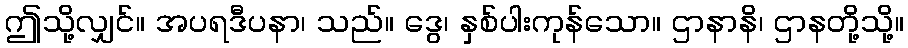
ဤသို့လျှင်။ အပရဒီပနာ၊ သည်။ ဒွေ၊ နှစ်ပါးကုန်သော။ ဌာနာနိ၊ ဌာနတို့သို့။